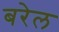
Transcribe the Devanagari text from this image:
बरेल